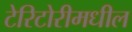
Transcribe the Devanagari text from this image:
टेरिटोरीमधील